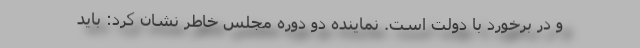
و در برخورد با دولت است. نماینده دو دوره مجلس خاطر نشان کرد: باید